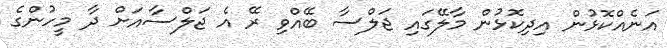
އަނެއްކޮޅުން އިދިކޮޅުން މާލޭގައި ޖަލްސާ ބޭއްވި ރޭ އެ ޖަލްސާއަށް ދާ މީހުންގެ